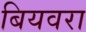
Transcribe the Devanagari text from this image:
बियवरा